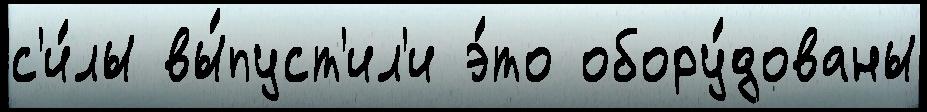
с'и́лы вы́пуст'ил'и э́то обору́дованы